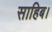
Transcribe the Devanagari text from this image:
साहिब।